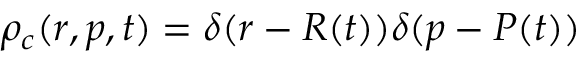
\rho _ { c } ( r , p , t ) = \delta ( r - R ( t ) ) \delta ( p - P ( t ) )